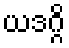
ယဒဂ္ဂိ